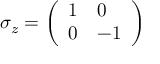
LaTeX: \sigma _ { z } = { \biggl ( } { \begin{array} { l l } { 1 } & { 0 } \\ { 0 } & { - 1 } \end{array} } { \biggr ) }